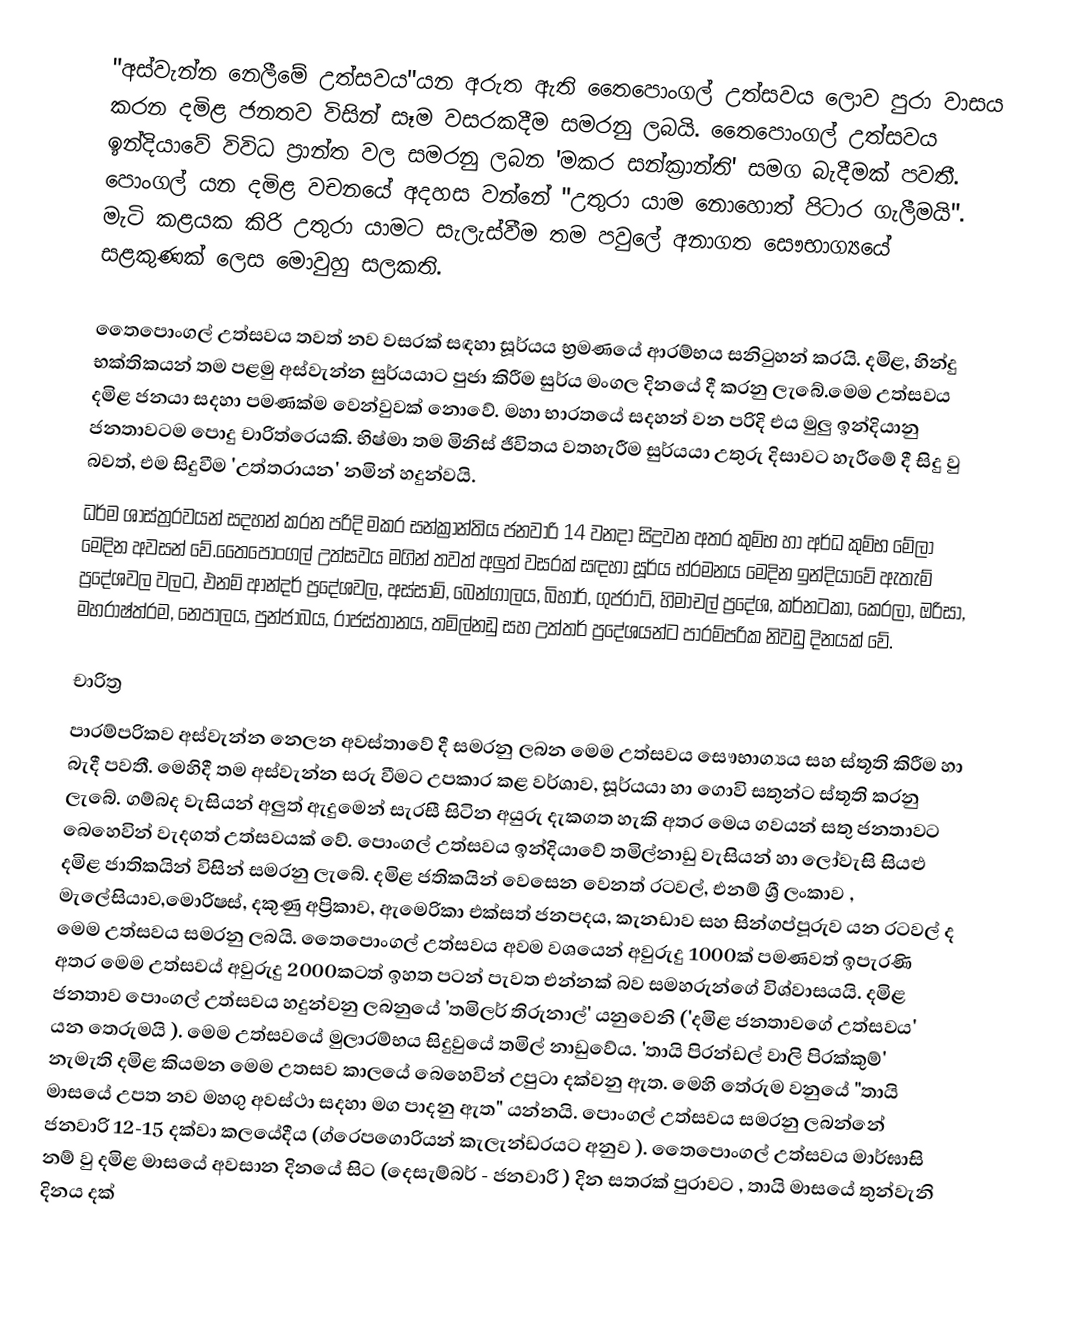
"අස්වැන්න නෙලීමේ උත්සවය"යන අරුත ඇති තෛපොංගල් උත්සවය ලොව පුරා වාසය කරන දමිළ ජනතව විසින් සෑම වසරකදීම සමරනු ලබයි. තෛපොංගල් උත්සවය  ඉන්දියාවේ විවිධ ප්‍රාන්ත වල සමරනු ලබන 'මකර සන්ක්‍රාන්ති' සමග බැදීමක් පවතී. පොංගල් යන දමිළ වචනයේ අදහස වන්නේ "උතුරා යාම නොහොත් පිටාර ගැලීමයි". මැටි කළයක කිරි උතුරා යාමට සැලැස්වීම තම පවුලේ අනාගත සෞභාග්‍යයේ  සළකුණක් ලෙස මොවුහු සලකති.

තෛපොංගල් උත්සවය තවත් නව වසරක් සඳහා සූර්යය භ්‍රමණයේ ආරම්භය සනිටුහන් කරයි. දමිළ, හින්දු භක්තිකයන් තම පළමු අස්වැන්න සුර්යයාට පුජා කිරීම සුර්ය මංගල දිනයේ දී කරනු ලැබේ.මෙම උත්සවය දමිළ ජනයා සදහා පමණක්ම වෙන්වුවක් නොවේ. මහා භාරතයේ සදහන් වන පරිදි එය මුලු ඉන්දියානු ජනතාවටම පොදු චාරිත්රෙයකි. භිෂ්මා තම මිනිස් ජීවිතය වතහැරීම සුර්යයා උතුරු දිසාවට හැරීමේ දී සිදු වු බවත්, එම සිදුවීම 'උත්තරායන' නමින් හදුන්වයි.
ධර්ම ශාස්ත්‍රරවයන් සදහන් කරන පරිදි මකර සන්ක්‍රාන්තිය ජනවාරි 14 වනදා සිදුවන අතර කුම්භ හා අර්ධ කුම්භ මේලා මෙදින අවසන් වේ.තෛපොංගල් උත්සවය මගින් තවත් අලුත් වසරක් සඳහා සූර්ය භ්රමනය මෙදින ඉන්දියාවේ ඇතැම් ප්‍රදේශවල වලට, එනම් ආන්දර් ප්‍රදේශවල, අස්සාම්, බෙන්ගාලය, බිහාර්, ගුජරාට්, හිමාචල් ප්‍රදේශ, කර්නටකා, කෙරලා, ඔරිසා, මහරාෂ්ත්රම, නෙපාලය, පුන්ජාබය, රාජස්තානය, තමිල්නඩු සහ උත්තර් ප්‍රදේශයන්ට පාරම්පරික නිවඩු දිනයක් වේ.

චාරිත්‍ර
පාරම්පරිකව අස්වැන්න නෙ‍‍ලන අවස්තාවේ දී සමරනු ලබන මෙම උත්සවය සෞභාග්‍යය සහ ස්තූති  කිරීම හා බැදී පවතී. මෙහිදී තම අස්වැන්න සරු වීමට උපකාර කළ වර්ශාව, සූර්යයා හා ගොවි සතුන්ට ස්තූති කරනු ලැබේ. ගම්බද වැසියන් අලුත් ඇදුමෙන් සැරසී සිටින අයුරු දැකගත හැකි අතර මෙය ගවයන් සතු ජනතාවට බෙහෙවින් වැදගත් උත්සවයක් වේ. පොංගල් උත්සවය ඉන්දියාවේ තමිල්නාඩු වැසියන් හා ලෝවැසි සියළු දමිළ ජාතිකයින් විසින් සමරනු ලැබේ. දමිළ ජතිකයින් වෙසෙන වෙනත් රටවල්, එනම් ශ්‍රී ලංකාව , මැලේසියාව,මොරිෂස්, දකුණු අප්‍රිකාව, ඇමෙරිකා එක්සත් ජනපදය, කැනඩාව සහ සින්ගප්පූරුව යන රටවල් ද මෙම උත්සවය සමරනු ලබයි. තෛපොංගල් උත්සවය අවම වශයෙන් අවුරුදු 1000ක් පමණවත් ඉපැරණි අතර මෙම උත්සවය් අවුරුදු 2000කටත් ඉහත පටන් පැවත එන්නක් බව සමහරුන්ගේ විශ්වාසයයි. දමිළ ජනතාව පොංගල් උත්සවය හදුන්වනු ලබනුයේ 'තමිලර් තිරුනාල්' යනුවෙනි ('දමිළ ජනතාවගේ උත්සවය' යන තෙරුමයි ). මෙම උත්සවයේ මුලාරම්භය සිදුවුයේ තමිල් නාඩුවේය. 'තායි පිරන්ඩල් වාලි පිරක්කුම්' නැමැති දමිළ කියමන මෙම උතසව කාලයේ බෙහෙවින් උපුටා දක්වනු ඇත. මෙහි තේරුම වනුයේ "තායි මාසයේ උපත නව මහගු අවස්ථා සදහා මග පාදනු ඇත" යන්නයි. පොංගල් උත්සවය සමරනු ලබන්නේ ජනවාරි 12-15 දක්වා කලයේදීය (ග්රෙපගොරියන් කැලැන්ඩරයට අනුව ). තෛපොංගල් උත්සවය මාර්ඝාසි නම් වු දමිළ මාසයේ අවසාන දිනයේ සිට (දෙසැම්බර් - ජනවාරි ) දින සතරක් පුරාවට , තායි මාසයේ තුන්වැනි දිනය දක්